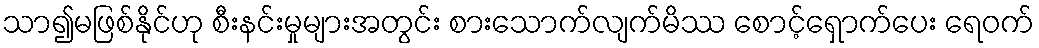
သာ၍မဖြစ်နိုင်ဟု စီးနင်းမှုများအတွင်း စားသောက်လျက်မိဿ စောင့်ရှောက်ပေး ရေဝက်